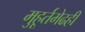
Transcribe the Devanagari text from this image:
मुहूर्तमेढही